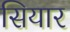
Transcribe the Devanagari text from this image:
सियार